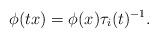
LaTeX: \begin{align*}\phi(tx)=\phi(x)\tau_i(t)^{-1}.\end{align*}